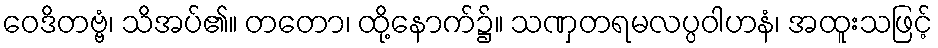
ဝေဒိတဗ္ဗံ၊ သိအပ်၏။ တတော၊ ထို့နောက်၌။ သဏှတရမလပ္ပဝါဟနံ၊ အထူးသဖြင့်